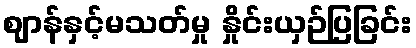
ဈာန်နှင့်မသတ်မှု နှိုင်းယှဉ်ပြခြင်း